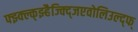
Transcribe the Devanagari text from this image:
फ्झ्क्ल्क्झ्हैज्क्द्जिएवोलिउल्द्फ्